Annual administration report of the Civil Veterinary Department of India - 1896-1897
Year: 1896
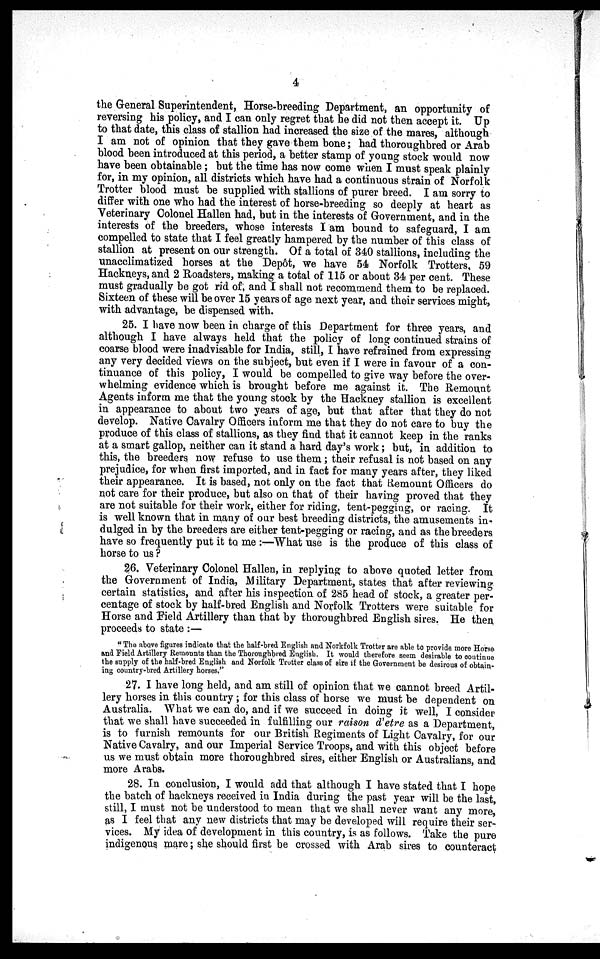
4
the General Superintendent, Horse-breeding Department, an opportunity of
reversing his policy, and I can only regret that he did not then accept it. Up
to that date, this class of stallion had increased the size of the mares, although
I am not of opinion that they gave them bone; had thoroughbred or Arab
blood been introduced at this period, a better stamp of young stock would now
have been obtainable; but the time has now come when I must speak plainly
for, in my opinion, all districts which have had a continuous strain of Norfolk
Trotter blood must be supplied with stallions of purer breed. I am sorry to
differ with one who had the interest of horse-breeding so deeply at heart as
Veterinary Colonel Hallen had, but in the interests of Government, and in the
interests of the breeders, whose interests I am bound to safeguard, I am
compelled to state that I feel greatly hampered by the number of this class of
stallion at present on our strength. Of a total of 340 stallions, including the
unacclimatized horses at the Depôt, we have 54 Norfolk Trotters, 59
Hackneys, and 2 Roadsters, making a total of 115 or about 34 per cent. These
must gradually be got rid of, and I shall not recommend them to be replaced.
Sixteen of these will be over 15 years of age next year, and their services might,
with advantage, be dispensed with.
25. I have now been in charge of this Department for three years, and
although I have always held that the policy of long continued strains of
coarse blood were inadvisable for India, still, I have refrained from expressing
any very decided views on the subject, but even if I were in favour of a con-
tinuance of this policy, I would be compelled to give way before the over-
whelming evidence which is brought before me against it. The Remount
Agents inform me that the young stock by the Hackney stallion is excellent
in appearance to about two years of age, but that after that they do not
develop. Native Cavalry Officers inform me that they do not care to buy the
produce of this class of stallions, as they find that it cannot keep in the ranks
at a smart gallop, neither can it stand a hard day's work; but, in addition to
this, the breeders now refuse to use them; their refusal is not based on any
prejudice, for when first imported, and in fact for many years after, they liked
their appearance. It is based, not only on the fact that Remount Officers do
not care for their produce, but also on that of their having proved that they
are not suitable for their work, either for riding, tent-pegging, or racing. It
is well known that in many of our best breeding districts, the amusements in-
dulged in by the breeders are either tent-pegging or racing, and as the breeders
have so frequently put it to me:—What use is the produce of this class of
horse to us?
26. Veterinary Colonel Hallen, in replying to above quoted letter from
the Government of India, Military Department, states that after reviewing
certain statistics, and after his inspection of 285 head of stock, a greater per-
centage of stock by half-bred English and Norfolk Trotters were suitable for
Horse and Field Artillery than that by thoroughbred English sires. He then
proceeds to state:—
"The above figures indicate that the half-bred English and Norkfolk Trotter are able to provide more Horse
and Field Artillery Remounts than the Thoroughbred English. It would therefore seem desirable to continue
the supply of the half-bred English and Norfolk Trotter class of sire if the Government be desirous of obtain-
ing country-bred Artillery horses."
27. I have long held, and am still of opinion that we cannot breed Artil-
lery horses in this country; for this class of horse we must be dependent on
Australia. What we can do, and if we succeed in doing it well, I consider
that we shall have succeeded in fulfilling our raison d'etre as a Department,
is to furnish remounts for our British Regiments of Light Cavalry, for our
Native Cavalry, and our Imperial Service Troops, and with this object before
us we must obtain more thoroughbred sires, either English or Australians, and
more Arabs.
28. In conclusion, I would add that although I have stated that I hope
the batch of hackneys received in India during the past year will be the last,
still, I must not be understood to mean that we shall never want any more,
as I feel that any new districts that may be developed will require their ser-
vices. My idea of development in this country, is as follows. Take the pure
indigenous mare; she should first be crossed with Arab sires to counteract